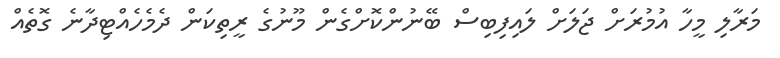
މަރާލި މީހާ އުމުރަށް ޖަލަށް ލައިފިބިސް ބޭނުންކޮށްގެން މޫނުގެ ރީތިކަން ދެމެހެއްޓިދާނެ ގޮތެއް